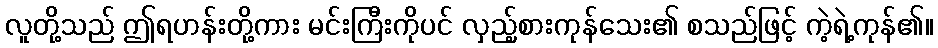
လူတို့သည် ဤရဟန်းတို့ကား မင်းကြီးကိုပင် လှည့်စားကုန်သေး၏ စသည်ဖြင့် ကဲ့ရဲ့ကုန်၏။